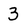
Character: 3